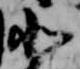
北